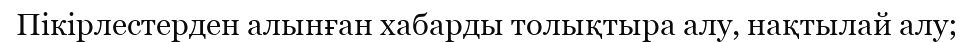
Пікірлестерден алынған хабарды толықтыра алу, нақтылай алу;